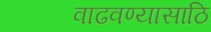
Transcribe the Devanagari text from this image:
वाढवण्यासाठि